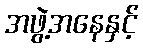
အဖွဲ့အနေနှင့်